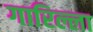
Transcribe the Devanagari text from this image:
गारिल्ला